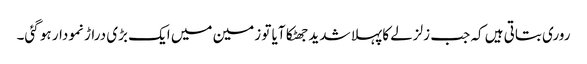
روری بتاتی ہیں کہ جب زلزلے کا پہلا شدید جھٹکا آیا تو زمین میں ایک بڑی دراڑ نمودار ہو گئی۔